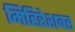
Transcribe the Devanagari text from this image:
मिहिरेशवर